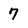
Character: 7